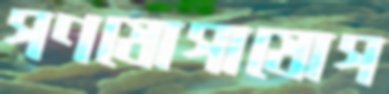
গণযোগাযোগ